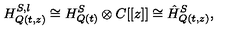
H _ { Q ( t , z ) } ^ { S , l } \cong H _ { Q ( t ) } ^ { S } \otimes C [ [ z ] ] \cong \hat { H } _ { Q ( t , z ) } ^ { S } ,